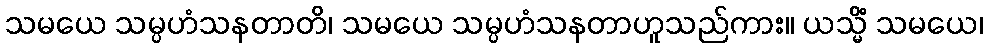
သမယေ သမ္ပဟံသနတာတိ၊ သမယေ သမ္ပဟံသနတာဟူသည်ကား။ ယသ္မိံ သမယေ၊